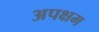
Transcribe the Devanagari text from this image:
अपक्षम